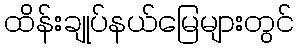
ထိန်းချုပ်နယ်မြေများတွင်